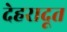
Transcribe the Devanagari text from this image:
देहरादूत